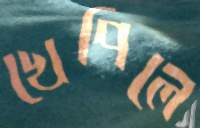
খেপিলে